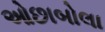
ઓછાબોલા